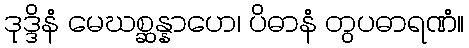
ဒုဒ္ဒိနံ မေဃစ္ဆန္နာဟေ၊ ပိဓာနံ တွပဓာရဏံ။